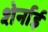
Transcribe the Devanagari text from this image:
शेर्नाई